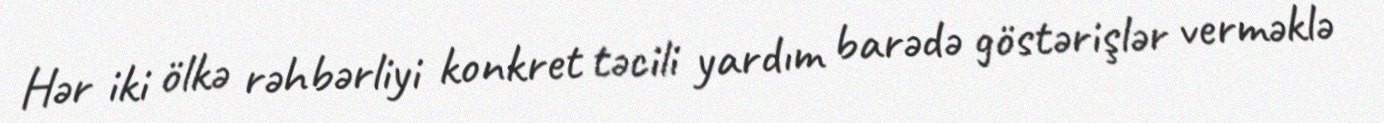
Hər iki ölkə rəhbərliyi konkret təcili yardım barədə göstərişlər verməklə